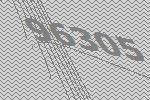
96305